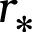
r _ { * }